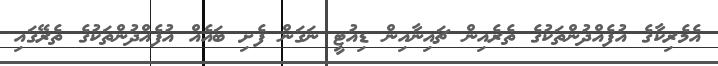
އެމެރިކާގެ އުފެއްދުންތަކުގެ ތެރެއިން ޗައިނާއިން ޑިއުޓީ ނަގަން ފެށި ބައެއް އުފެއްދުންތަކުގެ ތެރޭގައި